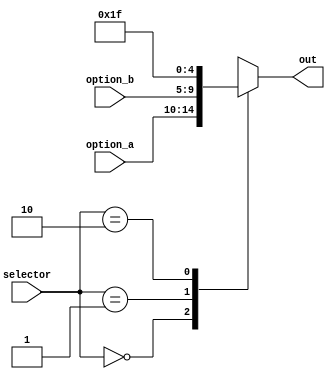
module mux1_5bits
	(
		input [4:0] option_a,
		input [4:0] option_b,
		input [1:0] selector,
		output reg [4:0] out
	); 
	
	always @*
	begin
		case(selector)
			2'b00:	
				out <= option_a;
			2'b01: 
				out <= option_b;
			2'b10:
				out <= 5'd31;
			2'b11:
				out <= 5'bxxxxx;
		endcase
	end
	 
endmodule